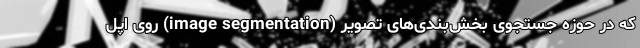
که در حوزه جستجوی بخش‌بندی‌های تصویر (image segmentation) روی اپل